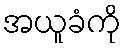
အယူခံကို